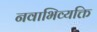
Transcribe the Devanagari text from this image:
नवाभिव्यक्ति